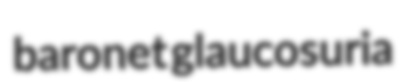
baronet glaucosuria